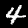
Digit: 4